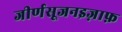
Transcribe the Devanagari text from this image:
जीर्णसूजनइज़ाफ़